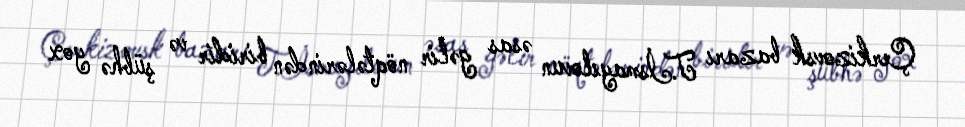
Çerkizovsk bazarı T.İsmayılovun əsas gəlir nöqtələrindən biridir və şübhə yox